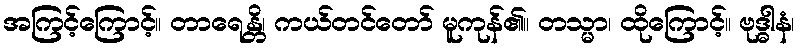
အကြင့်ကြောင့်။ တာရေန္တိ၊ ကယ်တင်တော် မူကုန်၏။ တသ္မာ၊ ထိုကြောင့်။ ဗုဒ္ဓါနံ၊